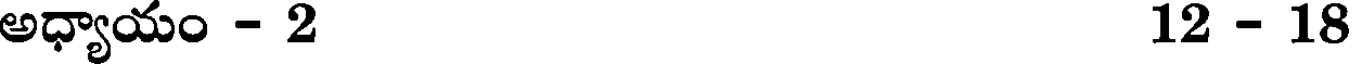
అధ్యాయం - 2 12 - 18